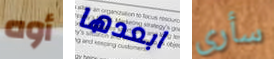
أوه ابعدها سأرى